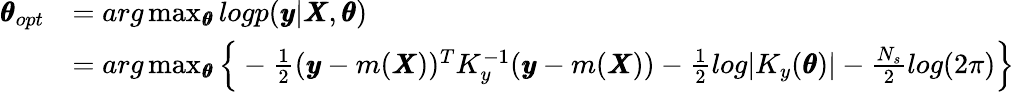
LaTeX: \begin{array}{rl}{\pmb{\theta}_{opt}}&{=arg\operatorname*{max}_{\pmb{\theta}}logp(\pmb{y}|\pmb{X},\pmb{\theta})}\\ &{=arg\operatorname*{max}_{\pmb{\theta}}\Big\{ -\frac{1}{2}(\pmb{y}-m(\pmb{X}))^{T}K_{y}^{-1}(\pmb{y}-m(\pmb{X}))-\frac{1}{2}log|K_{y}(\pmb{\theta})|-\frac{N_{s}}{2}log(2\pi)\Big\} }\end{array}